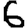
Digit: 6